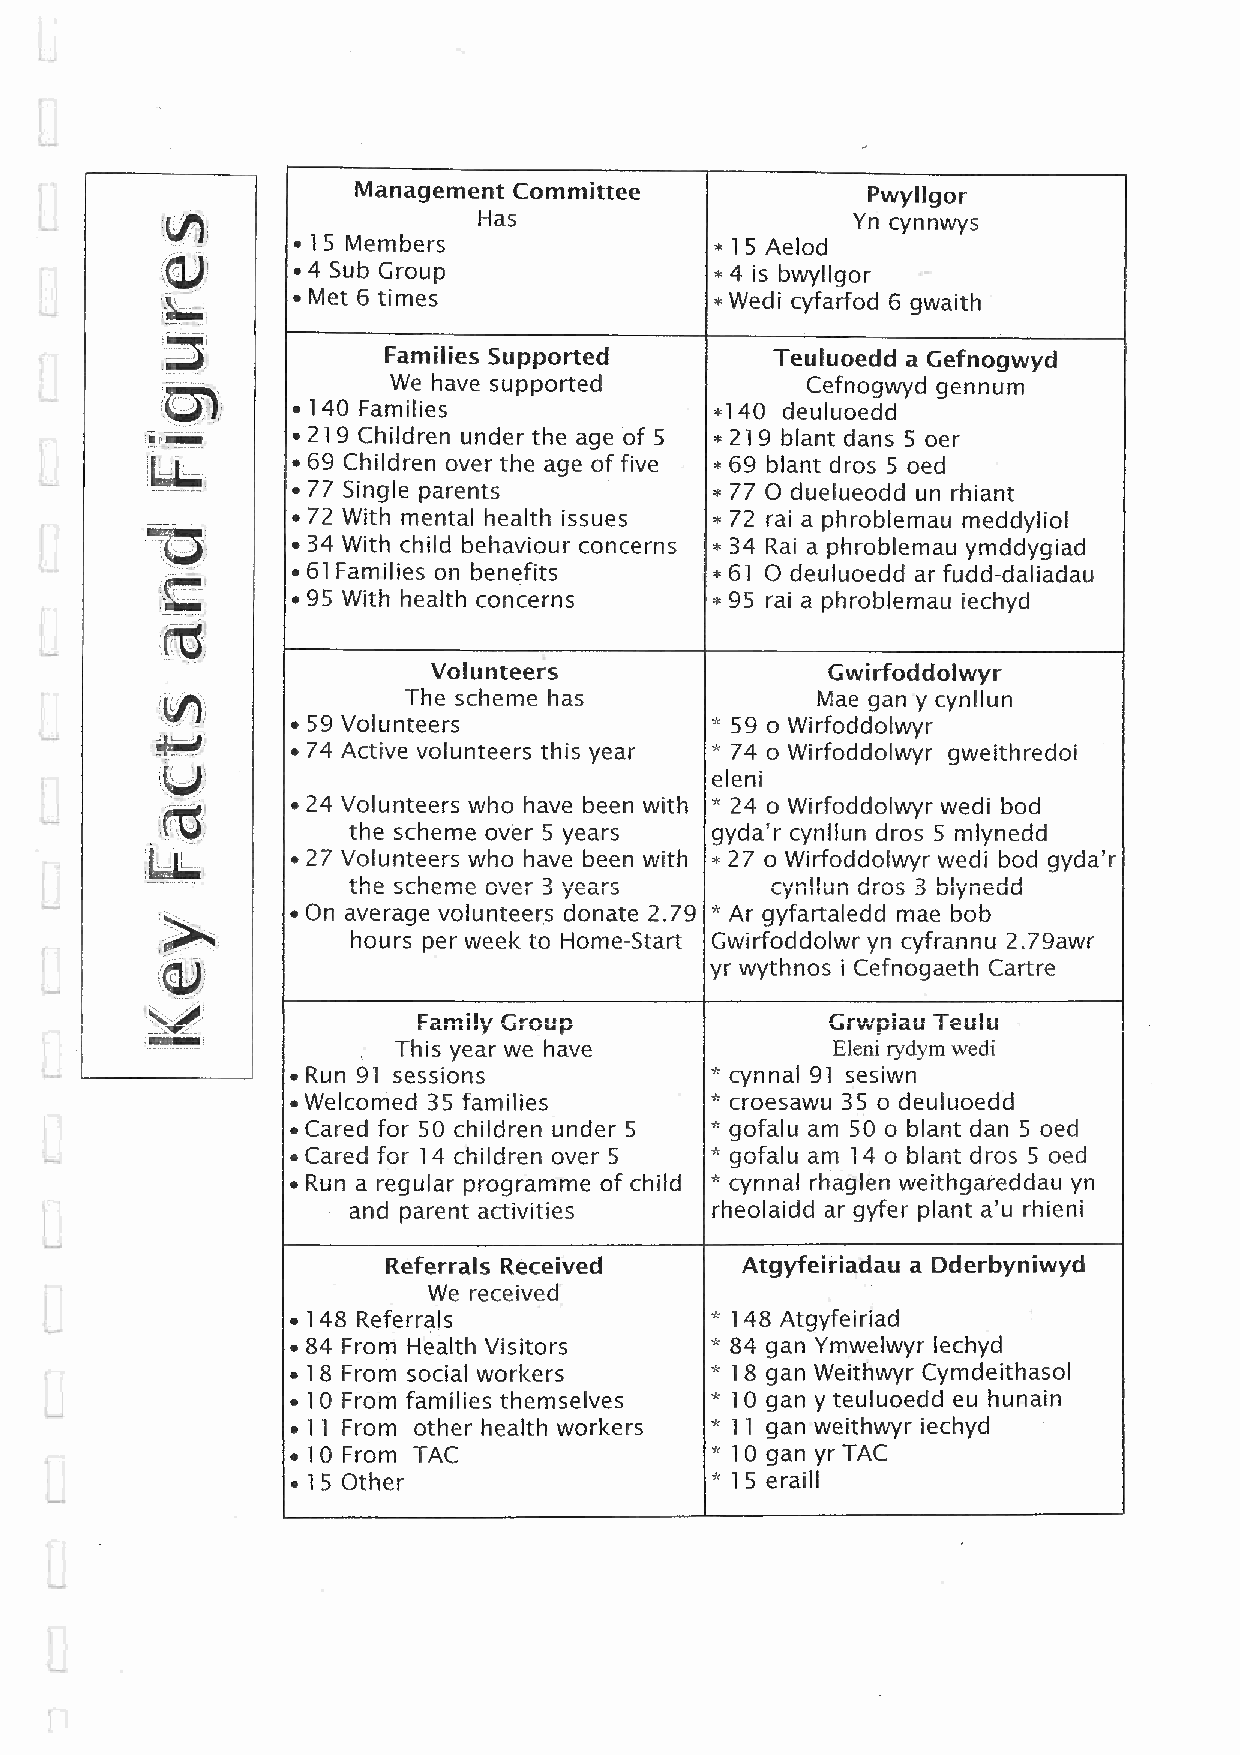
Management Committee             Pwyllgor
 Has                     Yn cynnwys
 • 15 Members                *15 Aelod
 • 4 Sub Group               *4 is bwyllgor
 • Met 6 times               *Wedi cyfarfod 6 gwaith
 Families Supported        Teuluoedd a Gefnogwyd
 We have supported          Cefnogwyd gennum
 • 140 Families              *140 deuluoedd
 • 219 Children under the age of 5 *219 blant dans 5 oer
 • 69 Children over the age of five *69 blant dros 5 oed
 • 77 Single parents         *77 0 duelueodd un rhiant
 • 72 With mental health issues *72 rai a phroblemau meddyliol
 • 34 With child behaviour concerns *34 Rai a phroblemau ymddygiad
 • 61Families on benefits    *61 0 deuluoedd ar fudd-daliadau
 • 95 With health concerns   *95 rai a phroblemau iechyd
 Volunteers                Gwirfoddolwyr
 The scheme has             Mae gan y cynllun
 • 59 Volunteers             * 59 o Wirfoddolwyr
 • 74 Active volunteers this year * 74 o Wirfoddolwyr gweithredoi
 eleni
 • 24 Volunteers who have been with * 24 o Wirfoddolwyr wedi bod
 the scheme over 5 years gyda'r cynllun dros 5 mlynedd
 • 27 Volunteers who have been with *27 o Wirfoddolwyr wedi bod gyda'r
 the scheme over 3 years     cynllun dros 3 blynedd
 • On average volunteers donate 2.79 *Ar gyfartaledd mae bob
 hours per week to Home-Start Gwirfoddolwr yn cyfrannu 2.79awr
 yr wythnos i Cefnogaeth Cartre
 Famuy Group                Grwpiau Teulu
 This year we have            Eleni rydym wedi
 • Run 91 sessions           * cynnal 91 sesiwn
 •Welcomed 35 families       * croesawu 35 o deuluoedd
 • Cared for 50 children under 5 *gofalu am 50 o blant dan 5 oed
 • Cared for 14 children over 5 *gofalu am 14 o blant dros 5 oed
 • Run a regular programme of child * cynnal rhaglen weithgareddau yn
 and parent activities   rheolaidd ar gyfer plant a'u rhieni
 Referrals Received     Atgyfeiriadau a Dderbyniwyd
 We received
 • 148 Referrals             * 148 Atgyfeiriad
 • 84 From Health Visitors   * 84 gan Ymwelwyr lechyd
 • 18 From social workers    *18 gan Weithwyr Cymdeithasol
 • 10 From families themselves *10 gan y teuluoedd eu hunain
 • 11 From other health workers *11 gan weithwyr iechyd
 • 10 From TAC               *10 gan yr TAC
 • 15 Other                  * 15 eraill